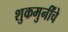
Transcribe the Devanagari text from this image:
शुकमुनींचे